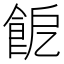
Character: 𩚬